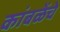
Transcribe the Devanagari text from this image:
कांबळेंचे